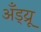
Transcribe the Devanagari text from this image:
अँड्य्रू